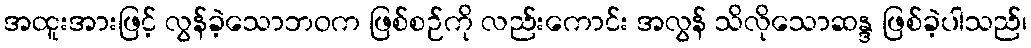
အထူးအားဖြင့် လွန်ခဲ့သောဘဝက ဖြစ်စဉ်ကို လည်းကောင်း အလွန် သိလိုသောဆန္ဒ ဖြစ်ခဲ့ပါသည်၊